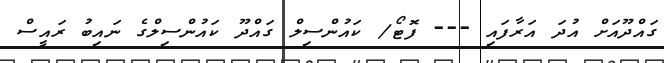
ގައްދޫއަށް އުދަ އަރާފައި --- ފޮޓޯ/ ކައުންސިލް ގައްދޫ ކައުންސިލްގެ ނައިބު ރައީސް